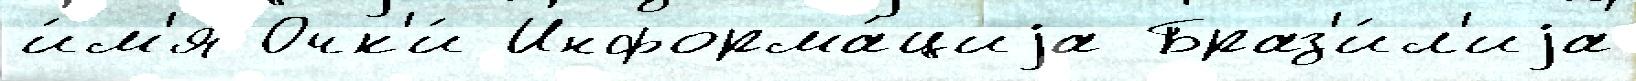
и́м'я Очк'и́ Информа́циjа Браз'и́л'иjа